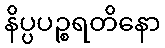
နိပ္ပပဉ္စရတိနော